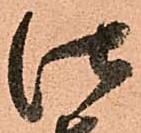
仕